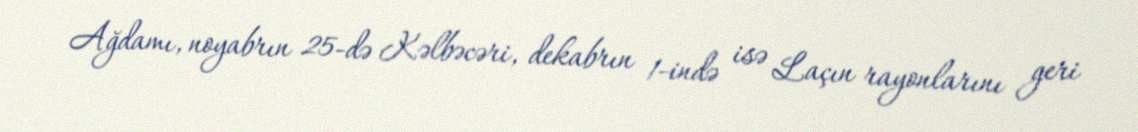
Ağdamı, noyabrın 25-də Kəlbəcəri, dekabrın 1-ində isə Laçın rayonlarını geri